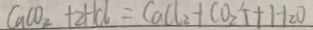
C a C O _ { 2 } + 2 H C l = C a C l _ { 2 } + C O _ { 2 } \uparrow + H _ { 2 } O